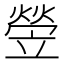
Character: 𤍩